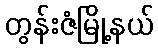
တွန်းဇံမြို့နယ်